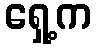
ရှေ့က